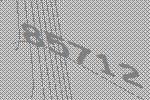
85712